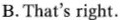
B.That's right.